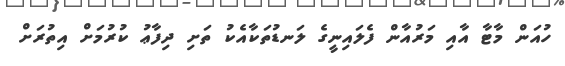
ހުއަން މާޓާ އާއި މަރުއާން ފެލައިނީގެ ލަނޑުތަކާއެކު ތަށި ދިފާޢު ކުރުމަށް އިތުރަށް